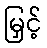
မြှင့်